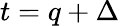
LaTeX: t=q+\Delta